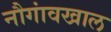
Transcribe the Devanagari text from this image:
नौगांवखाल